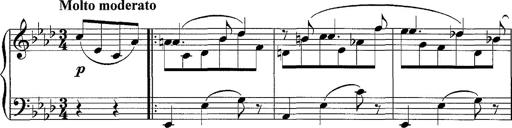
Title: LÃ¤ndler in A flat major
Composer: Franz Liszt
Key: A-flat major